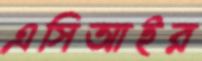
এসিআইর